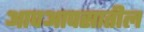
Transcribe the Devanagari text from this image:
आपआपसातील